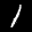
Label: 1